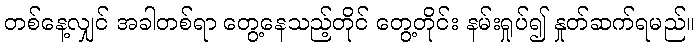
တစ်နေ့လျှင် အခါတစ်ရာ တွေ့နေသည့်တိုင် တွေ့တိုင်း နမ်းရှုပ်၍ နှုတ်ဆက်ရမည်။